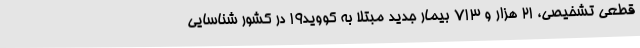
قطعی تشخیصی، ۲۱ هزار و ۷۱۳ بیمار جدید مبتلا به کووید۱۹ در کشور شناسایی